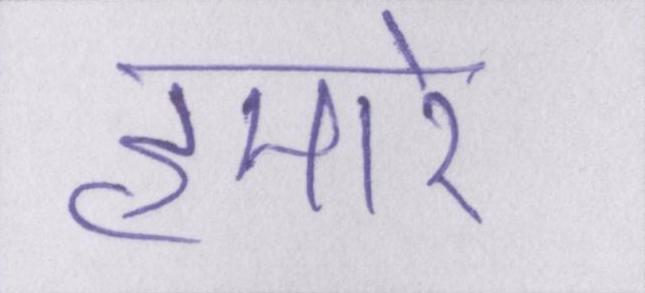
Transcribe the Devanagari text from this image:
हमारे